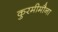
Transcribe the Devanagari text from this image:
कुरमीमौना